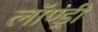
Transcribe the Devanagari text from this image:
लॉण्ड्री